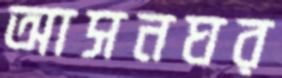
আসনঘর